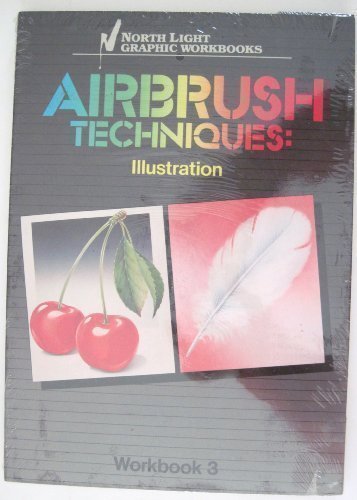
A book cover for Airbrush Techniques: Illustration Workbook 3 (North Light Graphic Workbooks) (v. 3); North Light Books; Arts & Photography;